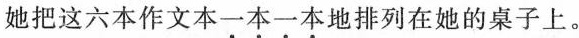
她把这六本作文本一本一本地排列在她的桌子上。